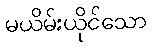
မယိမ်းယိုင်သော